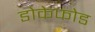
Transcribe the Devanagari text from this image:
डोकेफोड